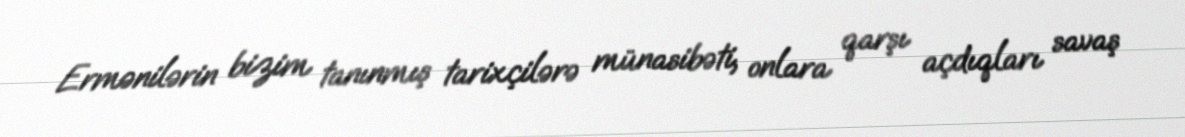
Ermənilərin bizim tanınmış tarixçilərə münasibəti, onlara qarşı açdıqları savaş